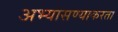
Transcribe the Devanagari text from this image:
अभ्यासण्याकरता